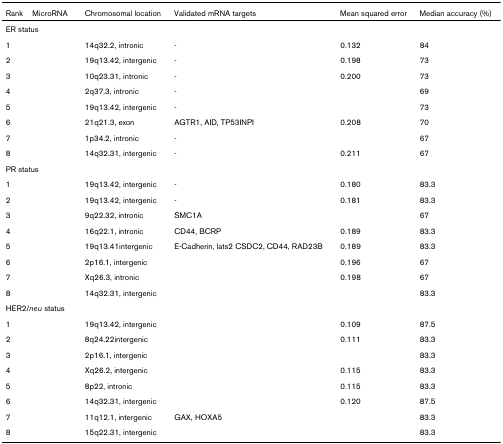
<table><thead><tr><td><b>Rank</b></td><td><b>MicroRNA</b></td><td><b>Chromosomal location</b></td><td><b>Validated mRNA targets</b></td><td><b>Mean squared error</b></td><td><b>Median accuracy (%)</b></td></tr></thead><tbody><tr><td colspan="6">ER status</td></tr><tr><td>1</td><td>[EMPTY_CELL]</td><td>14q32.2, intronic</td><td>-</td><td>0.132</td><td>84</td></tr><tr><td>2</td><td>[EMPTY_CELL]</td><td>19q13.42, intergenic</td><td>-</td><td>0.198</td><td>73</td></tr><tr><td>3</td><td>[EMPTY_CELL]</td><td>10q23.31, intronic</td><td>-</td><td>0.200</td><td>73</td></tr><tr><td>4</td><td>[EMPTY_CELL]</td><td>2q37.3, intronic</td><td>-</td><td>[EMPTY_CELL]</td><td>69</td></tr><tr><td>5</td><td>[EMPTY_CELL]</td><td>19q13.42, intergenic</td><td>-</td><td>[EMPTY_CELL]</td><td>73</td></tr><tr><td>6</td><td>[EMPTY_CELL]</td><td>21q21.3, exon</td><td>AGTR1, AID, TP53INPI</td><td>0.208</td><td>70</td></tr><tr><td>7</td><td>[EMPTY_CELL]</td><td>1p34.2, intronic</td><td>-</td><td>[EMPTY_CELL]</td><td>67</td></tr><tr><td>8</td><td>[EMPTY_CELL]</td><td>14q32.31, intergenic</td><td>-</td><td>0.211</td><td>67</td></tr><tr><td colspan="6">PR status</td></tr><tr><td>1</td><td>[EMPTY_CELL]</td><td>19q13.42, intergenic</td><td>-</td><td>0.180</td><td>83.3</td></tr><tr><td>2</td><td>[EMPTY_CELL]</td><td>19q13.42, intergenic</td><td>-</td><td>0.181</td><td>83.3</td></tr><tr><td>3</td><td>[EMPTY_CELL]</td><td>9q22.32, intronic</td><td>SMC1A</td><td>[EMPTY_CELL]</td><td>67</td></tr><tr><td>4</td><td>[EMPTY_CELL]</td><td>16q22.1, intronic</td><td>CD44, BCRP</td><td>0.189</td><td>83.3</td></tr><tr><td>5</td><td>[EMPTY_CELL]</td><td>19q13.41intergenic</td><td>E-Cadherin, lats2 CSDC2, CD44, RAD23B</td><td>0.189</td><td>83.3</td></tr><tr><td>6</td><td>[EMPTY_CELL]</td><td>2p16.1, intergenic</td><td>[EMPTY_CELL]</td><td>0.196</td><td>67</td></tr><tr><td>7</td><td>[EMPTY_CELL]</td><td>Xq26.3, intronic</td><td>[EMPTY_CELL]</td><td>0.198</td><td>67</td></tr><tr><td>8</td><td>[EMPTY_CELL]</td><td>14q32.31, intergenic</td><td>[EMPTY_CELL]</td><td>[EMPTY_CELL]</td><td>83.3</td></tr><tr><td colspan="6">HER2/<i>neu </i>status</td></tr><tr><td>1</td><td>[EMPTY_CELL]</td><td>19q13.42, intergenic</td><td>[EMPTY_CELL]</td><td>0.109</td><td>87.5</td></tr><tr><td>2</td><td>[EMPTY_CELL]</td><td>8q24.22intergenic</td><td>[EMPTY_CELL]</td><td>0.111</td><td>83.3</td></tr><tr><td>3</td><td>[EMPTY_CELL]</td><td>2p16.1, intergenic</td><td>[EMPTY_CELL]</td><td>[EMPTY_CELL]</td><td>83.3</td></tr><tr><td>4</td><td>[EMPTY_CELL]</td><td>Xq26.2, intergenic</td><td>[EMPTY_CELL]</td><td>0.115</td><td>83.3</td></tr><tr><td>5</td><td>[EMPTY_CELL]</td><td>8p22, intronic</td><td>[EMPTY_CELL]</td><td>0.115</td><td>83.3</td></tr><tr><td>6</td><td>[EMPTY_CELL]</td><td>14q32.31, intergenic</td><td>[EMPTY_CELL]</td><td>0.120</td><td>87.5</td></tr><tr><td>7</td><td>[EMPTY_CELL]</td><td>11q12.1, intergenic</td><td>GAX, HOXA5</td><td>[EMPTY_CELL]</td><td>83.3</td></tr><tr><td>8</td><td>[EMPTY_CELL]</td><td>15q22.31, intergenic</td><td>[EMPTY_CELL]</td><td>[EMPTY_CELL]</td><td>83.3</td></tr></tbody></table>